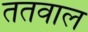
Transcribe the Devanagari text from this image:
ततवाल